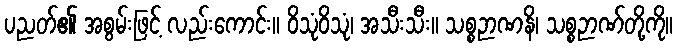
ပညတ်၏ အစွမ်းဖြင့် လည်းကောင်း။ ဝိသုံဝိသုံ၊ အသီးသီး။ သစ္စဉာဏနိ၊ သစ္စဉာဏ်တို့ကို။